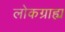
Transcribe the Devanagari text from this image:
लोकग्राह्य